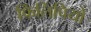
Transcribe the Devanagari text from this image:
फिलिपियों